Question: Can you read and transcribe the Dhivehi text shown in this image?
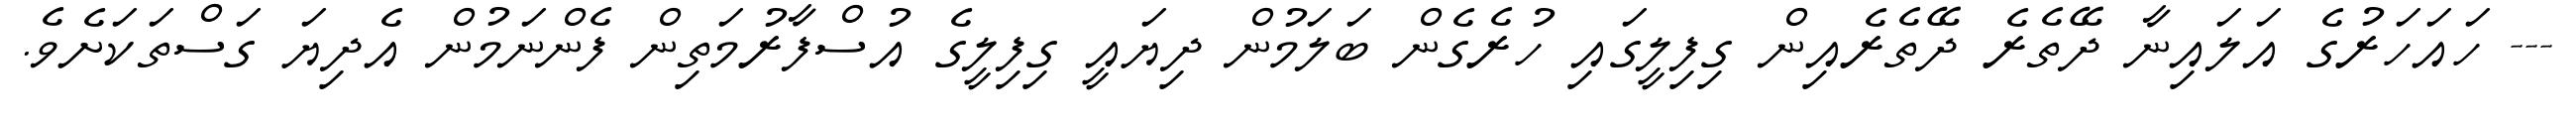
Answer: --- ހައަހަރުގެ އަލައިނާ ދޭތެރެ ދޭތެރެއިން ގިފިލީގައި ހުރެގެން ބަލަމުން ދިޔައީ ގިފިލީގެ އުސްފާރުމަތިން ފެންނަމުން އެދިޔަ ގަސްތަކަށެވެ.